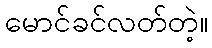
မောင်ခင်လတ်တဲ့။